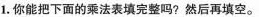
1.你能把下面的乘法表填完整吗?然后再填空。